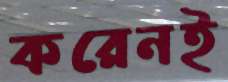
করেনই